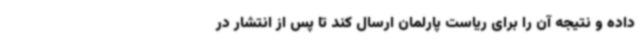
داده و نتیجه آن را برای ریاست پارلمان ارسال کند تا پس از انتشار در